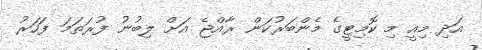
އަދި މިއީ މި ކޮމިޓީގެ މެންބަރުކަން ރާއްޖެ އަށް ލިބުނު ފުރަތަމަ ފަހަރު